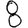
Digit: 8